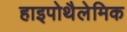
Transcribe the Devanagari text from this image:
हाइपोथैलेमिक